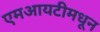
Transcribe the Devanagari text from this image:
एमआयटीमधून